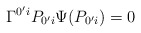
\begin{align*}\Gamma ^{0^{\prime }i}P_{0^{\prime }i}\Psi (P_{0^{\prime }i})=0\end{align*}